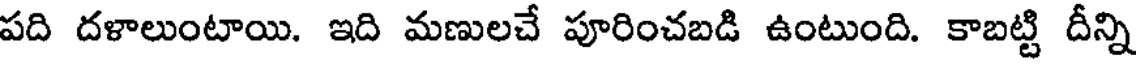
పది దళాలుంటాయి. ఇది మణులచే పూరించబడి ఉంటుంది. కాబట్టి దీన్ని